Annual report on the working of the lock hospitals in the North-Western Provinces and Oudh
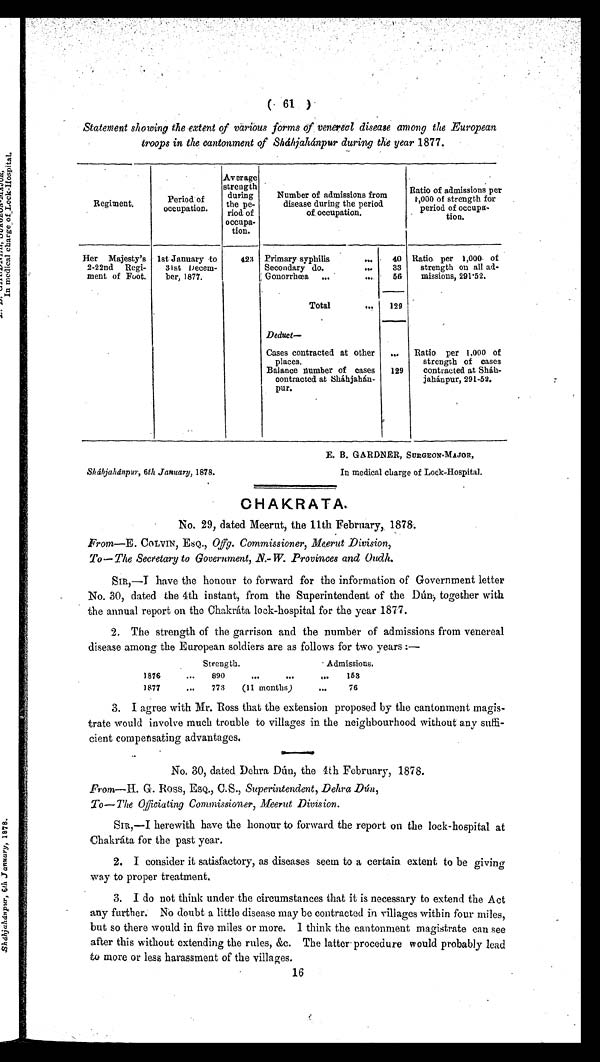
Sháhjahánpur, 6th January, 1878.
E. B. GARDNER, SURGEON MAJOR,
In medical charge of Lock-Hospital.
(
61
)
Statement showing the extent of various forms of venereal disease among the European
troops in the cantonment of Sháhjanánpur during the year 1877.
Regiment.
Period of
occupation.
Average
strength
durin g t h e p e -
riod of
occupa-
tion.
Number of admissions from
disease during the period
of occupation.
Ratio of admissions per
1,000 of strength for
period of occupa-
tion.
Her Majesty's
2-22nd Regi-
ment of Foot.
1st January to
31st Decem-
ber, 1877.
423 Primary syphilis
... 40 Ratio per 1,000 of
strength on all ad-
missions, 291.52.
Secondary do.
. . . 33
Gonorrhœa . . .
. . . 56
Total
... 129
Deduct—
Cases contracted at other
places.
... Ratio per 1,000 of
strength of cases
contracted at Sháh-
jahánpur, 291-52,
Balance number of cases
contracted at Sháhjahán-
pur.
129
CHAKRATA.
No. 29, dated Meerut,. the 11th February, 1878.
From—E. COLVIN, ESQ Offg. Commissioner, Meerut Division,
To—The Secretary to Government, N.-W. Provinces and Oudh.
SIR,—I have the honour to forward for the information of Government letter
No. 30, dated the 4th instant, from the Superintendent of the Dún, together with
the annual report on the Chakráta lock-hospital for the year 1877.
2. The strength of the garrison and the number of admissions from venereal
disease among the European soldiers are as follows for two years :—
Strength.
Admissions.
1876
... 890
...
...
. . . 153
1877
... 773 (11 months)
. . . 76
3. I agree with Mr. Ross that the extension proposed by the cantonment magis-
trate would involve much trouble to villages in the neighbourhood without any suffi-
cient compensating advantages.
No. 30, dated Dehra Dún, the 4th February, 1878.
.From—H. G. Ross, ESQ., C.S., Superintendent, Dehra Dún,
To—The Officiating Commissioner, Meerut Division.
SIR,—I herewith have the honour to forward the report on the lock-hospital at
Chakráta for the past year.
2. I consider it satisfactory, as diseases seem to a certain extent to be giving
way to proper treatment.
3. I do not think under the circumstances that it is necessary to extend the Act
any further. No doubt a little disease may be contracted in villages within four miles,
but so there would in five miles or more. I think the cantonment magistrate can see
after this without extending the rules, &c. The latter- procedure would probably lead
to more or less harassment of the villages.
16